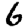
Digit: 6